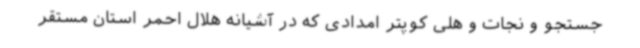
جستجو و نجات و هلی کوپتر امدادی که در آشیانه هلال احمر استان مستقر